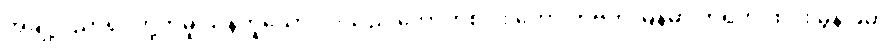
အချို့ပညာရှင်တို့ကမူ သန်ဟူသော ပုဒ်သည် ကောက်စပါး ဟော တိဗက် မြန်မာ တရုတ် ထိုင်း မွန် ခမာ